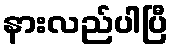
နားလည်ပါပြီ